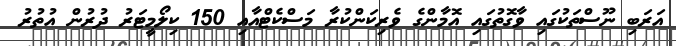
އަރަބި ނޫސްތަކުގައި ވާގޮތުގައި އޮމާންގެ ވެރިކަންކުރާ މަސްކެޓްއާއި 150 ކިލޯމީޓަރު ދުރުން އުތުރު